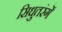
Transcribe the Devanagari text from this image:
सिधुतरंगें